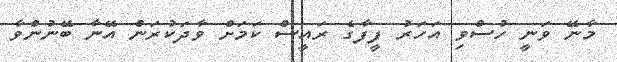
މާނޭ ވަނީ ހުސްވި އަހަރު ފީފާގެ ރައީސް ކަމަށް ވާދަކުރަން އޭނާ ބޭނުންވާ